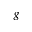
g